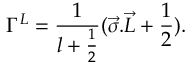
{ \Gamma } ^ { L } = { \frac { 1 } { l + \frac { 1 } { 2 } } } ( { \vec { \sigma } . \vec { L } } + \frac { 1 } { 2 } ) .